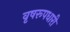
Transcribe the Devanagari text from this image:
वृषरूपधारी